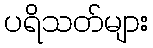
ပရိသတ်များ